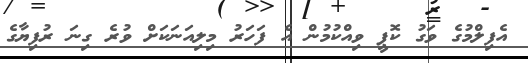
އެފިލްމުގެ ވަގު ކޮޕީ ވިއްކުމުން އެ ފަހަރު މިލިއަނަކަށް ވުރެ ގިނަ ރުފިޔާގެ